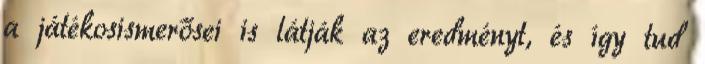
a játékosismerősei is látják az eredményt, és így tud